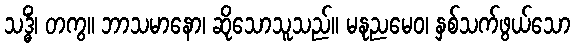
သဒ္ဓိံ၊ တကွ။ ဘာသမာနော၊ ဆိုသောသူသည်။ မနုညမေဝ၊ နှစ်သက်ဖွယ်သော